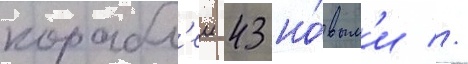
корабл'еи 43 но́вым'и //